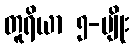
တူရိယာ ၅-မျိုး